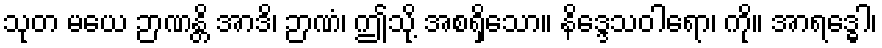
သုတ မယေ ဉာဏန္တိ အာဒိ၊ ဉာဏံ၊ ဤသို့ အစရှိသော။ နိဒ္ဒေသဝါရော၊ ကို။ အာရဒ္ဓေါ၊